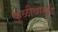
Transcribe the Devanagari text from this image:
कुळीथामुळे